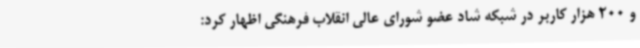
و 200 هزار کاربر در شبکه شاد عضو شورای عالی انقلاب فرهنگی اظهار کرد: